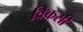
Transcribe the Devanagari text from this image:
विकसीं